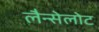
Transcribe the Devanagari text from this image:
लैन्सेलोट